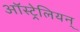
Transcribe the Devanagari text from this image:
ऑस्ट्रेलियन्